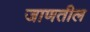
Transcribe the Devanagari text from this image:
जाणतील